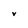
Character: V